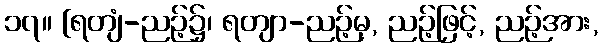
၁၇။ [ရတျံ-ညဉ့်၌၊ ရတျာ-ညဉ့်မှ, ညဉ့်ဖြင့်, ညဉ့်အား,